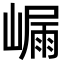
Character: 𭗑